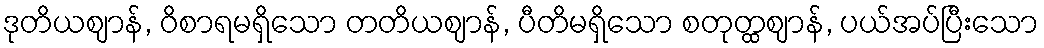
ဒုတိယဈာန်, ဝိစာရမရှိသော တတိယဈာန်, ပီတိမရှိသော စတုတ္ထဈာန်, ပယ်အပ်ပြီးသော